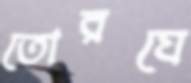
তোরঘে